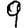
Digit: 9